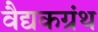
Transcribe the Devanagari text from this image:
वैद्यकग्रंथ